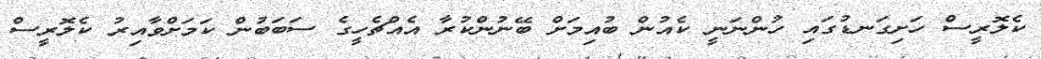
ކެލޮރީސް ހަށިގަނޑުގައި ހުންނަނީ ކެއުން ބުއިމަށް ބޭނުންކުރާ އެއްޗެހީގެ ސަބަބުން ކަމަށްވާއިރު ކެލޮރީސް